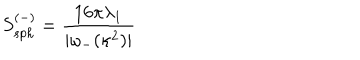
S _ { s p h } ^ { ( - ) } = \frac { 1 6 \pi \lambda _ { 1 } } { | \omega _ { - } ( \kappa ^ { 2 } ) | }